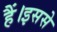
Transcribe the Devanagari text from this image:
हैं।इससे